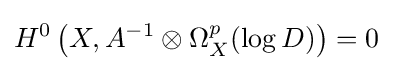
H^{0}\left(X,A^{-1}\otimes \Omega _{X}^{p}(\log D)\right)=0